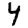
Digit: 4